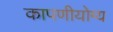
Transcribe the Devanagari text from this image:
कापणीयोग्य